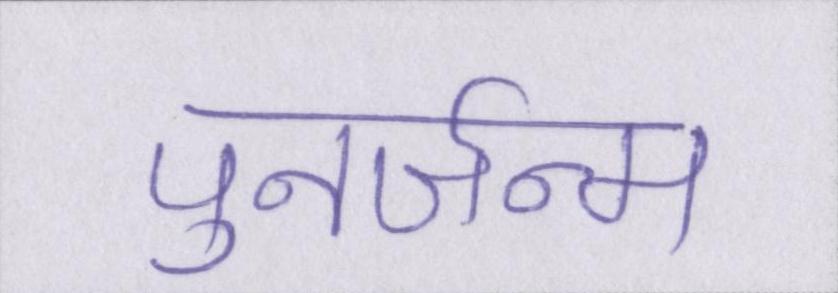
पुनर्जन्म